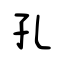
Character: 孔